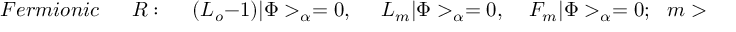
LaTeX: F e r m i o n i c ~ ~ ~ ~ ~ ~ ~ R : ~ ~ ~ ~ ~ ~ ( L _ { o } - 1 ) | \Phi > _ { \alpha } = 0 , ~ ~ ~ ~ ~ ~ L _ { m } | \Phi > _ { \alpha } = 0 , ~ ~ ~ ~ ~ F _ { m } | \Phi > _ { \alpha } = 0 ; ~ ~ ~ m > 0